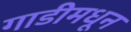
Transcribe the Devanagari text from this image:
गाडीमधून